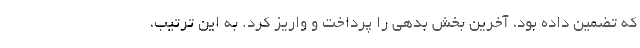
که تضمین داده بود، آخرین بخش بدهی را پرداخت و واریز کرد. به این ترتیب،